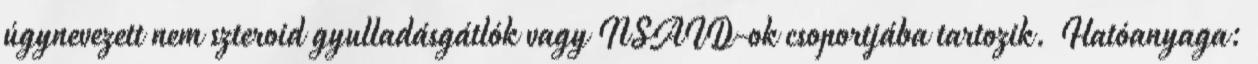
úgynevezett nem szteroid gyulladásgátlók vagy NSAID-ok csoportjába tartozik. Hatóanyaga: